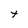
Character: t